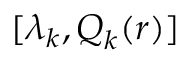
[ \lambda _ { k } , \boldsymbol { Q } _ { k } ( \boldsymbol { r } ) ]